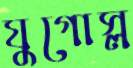
যুগোস্ল